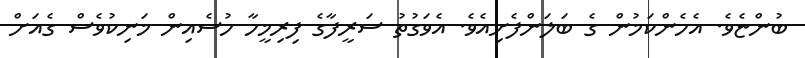
ބުންޏެވެ. އެހެންކަމުން ގެ ބަލަންފެށިއެވެ. އެވަގުތު ސަރީފާގެ ފިރިމީހާ ހުސެއިން މަނިކުވެސް ގެއަށް